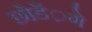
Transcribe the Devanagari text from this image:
छोडें़गे